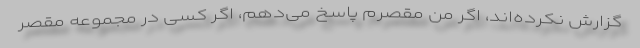
گزارش نکرده‌اند، اگر من مقصرم پاسخ می‌دهم، اگر کسی در مجموعه مقصر